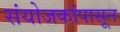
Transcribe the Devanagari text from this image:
संयोजकांपासून